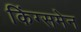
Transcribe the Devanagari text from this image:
किंग्समेन